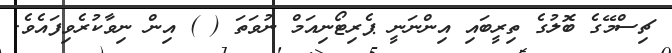
ޗިސްމޭގެ ބޮލުގެ ތިރީބައި އިންނަނީ ޕެރިޓޯނިއަމް ނުވަތަ ( ) އިން ނިވާކުރެވިފައެވެ.